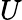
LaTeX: \displaystyle U